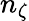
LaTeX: n_{\zeta}